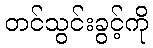
တင်သွင်းခွင့်ကို